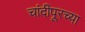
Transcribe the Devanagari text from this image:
चांदीपूरच्या